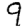
Digit: 9